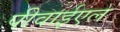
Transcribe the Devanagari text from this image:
पीवाईएल